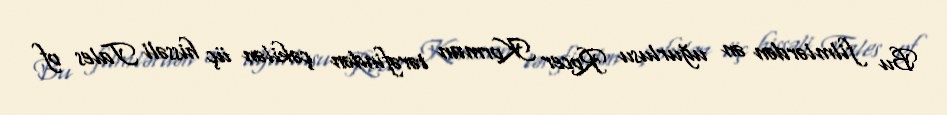
Bu filmlərdən ən uğurlusu Rocer Korman tərəfindən çəkilən üç hissəli Tales of